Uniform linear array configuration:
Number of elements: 8
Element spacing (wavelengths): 1
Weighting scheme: kaiser
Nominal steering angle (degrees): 45
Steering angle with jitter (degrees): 45.102
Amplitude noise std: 0.05
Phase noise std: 0.05

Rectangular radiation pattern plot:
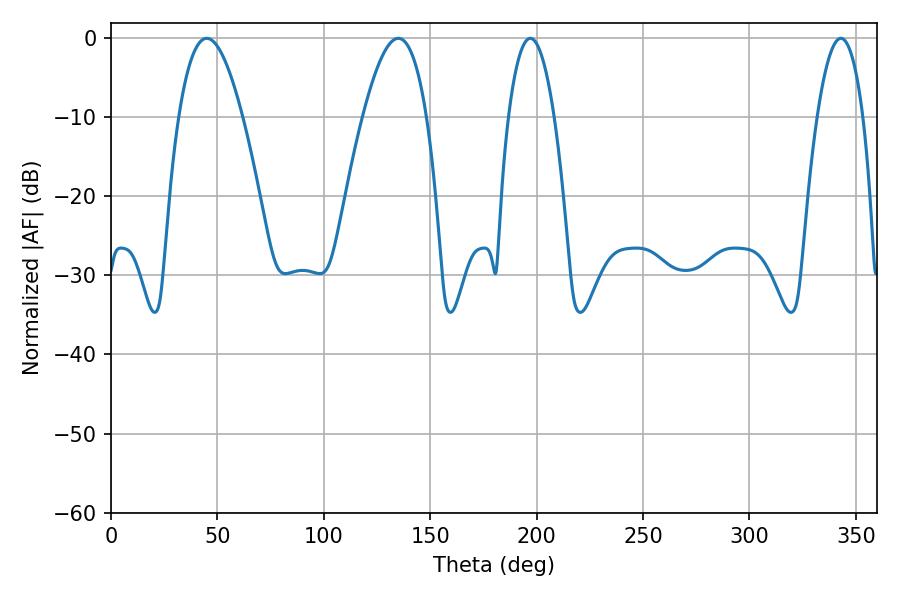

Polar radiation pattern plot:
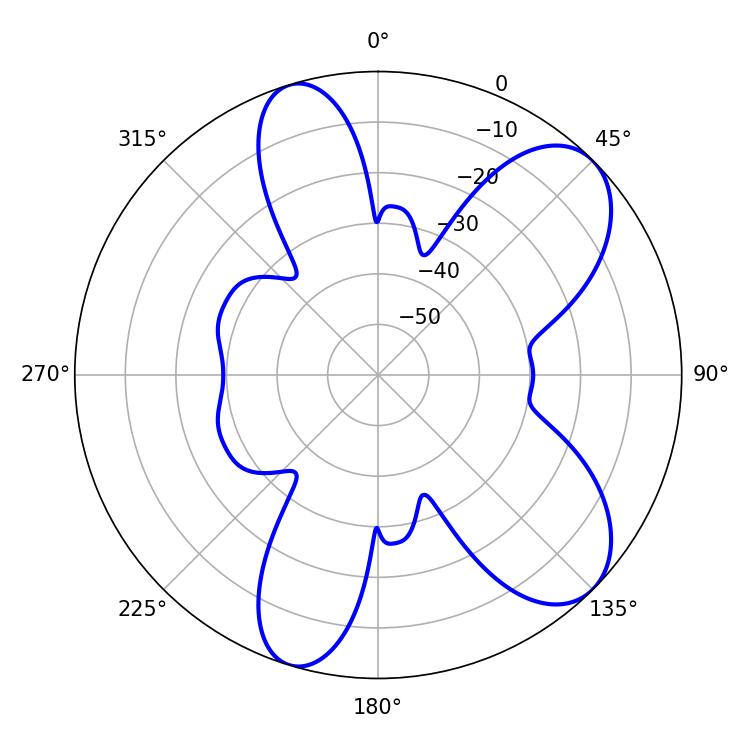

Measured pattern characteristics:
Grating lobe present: TRUE
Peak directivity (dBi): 8.139
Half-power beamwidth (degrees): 16.38
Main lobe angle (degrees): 45